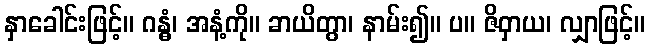
နှာခေါင်းဖြင့်။ ဂန္ဓံ၊ အနံ့ကို။ ခာယိတွာ၊ နာမ်း၍။ ပ။ ဇိဝှာယ၊ လျှာဖြင့်။